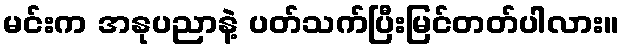
မင်းက အနုပညာနဲ့ ပတ်သက်ပြီးမြင်တတ်ပါလား။